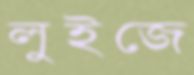
লুইজে